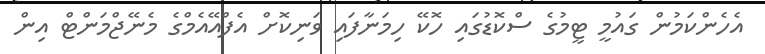
އެހެންކަމުން ގައުމީ ޓީމުގެ ސްކޮޑުގައި ހޮކޭ ހިމަނާފައި ވަނިކޮށް އެފްއޭއެމްގެ މެނޭޖްމަންޓް އިން